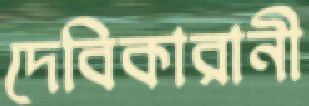
দেবিকারানী